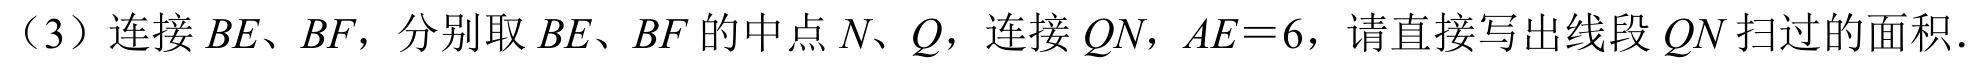
（3）连接 \(BE、BF\)，分别取 \(BE、BF\)的中点 \(N、Q\)，连接 \(QN\)，\(AE = 6\)，请直接写出线段 \(QN\) 扫过的面积．